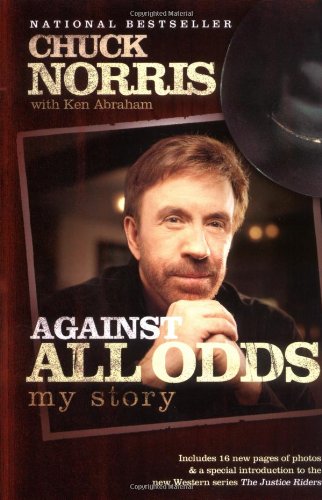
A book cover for Against All Odds: My Story; Chuck Norris; Biographies & Memoirs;